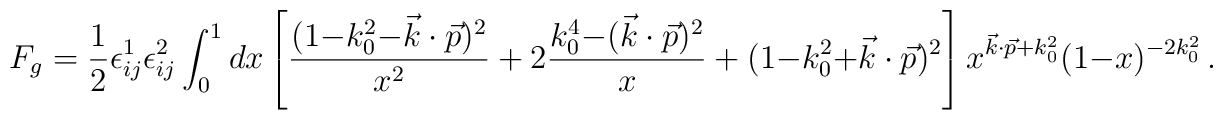
F_g={1\over 2}\epsilon^1_{ij}\epsilon^2_{ij} \int_0^1 dx\left [{(1{-}k_0^2{-}\vec k\cdot \vec p)^2\over x^2}+2 { k_0^4{-}(\vec k\cdot \vec p)^2\over x}+ (1{-}k_0^2{+}\vec k\cdot \vec p)^2\right ]x^{\vec k\cdot \vec p+ k_0^2}(1-x)^{-2 k_0^2} \,.